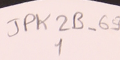
JPK2B-69			1